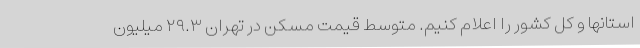
استانها و کل کشور را اعلام کنیم. متوسط قیمت مسکن در تهران ۲۹.۳ میلیون